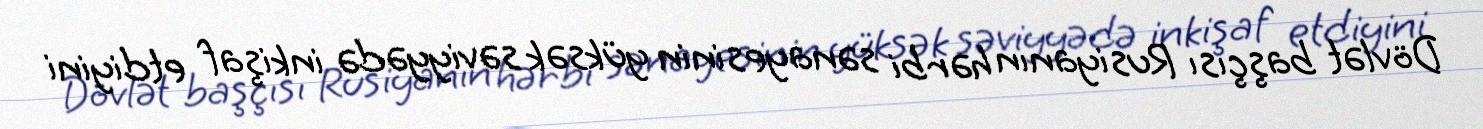
Dövlət başçısı Rusiyanın hərbi sənayesinin yüksək səviyyədə inkişaf etdiyini